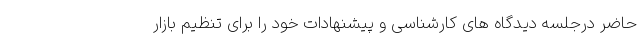
حاضر درجلسه دیدگاه های کارشناسی و پیشنهادات خود را برای تنظیم بازار